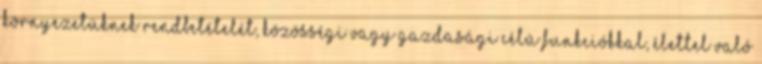
környezetüknek rendbetételét, közösségi vagy gazdasági célú funkciókkal, élettel való